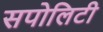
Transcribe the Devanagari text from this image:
सपोलिटी